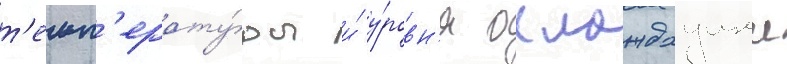
т'емп'ерату́ры и́ у́ровн'я охлаждаущеи